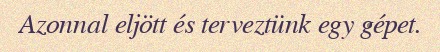
Azonnal eljött és terveztünk egy gépet.